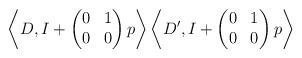
LaTeX: \begin{align*}\left \langle D, I + \begin{pmatrix} 0 & 1 \\ 0 & 0 \end{pmatrix} p \right \rangle \left \langle D', I + \begin{pmatrix} 0 & 1 \\ 0 & 0 \end{pmatrix} p \right \rangle\end{align*}